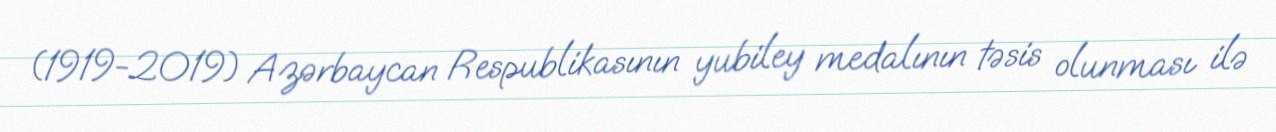
(1919-2019) Azərbaycan Respublikasının yubiley medalının təsis olunması ilə